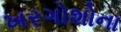
ખરગોશોના